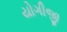
યોગીજી